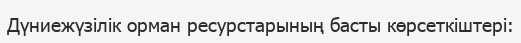
Дүниежүзілік орман ресурстарының басты көрсеткіштері: